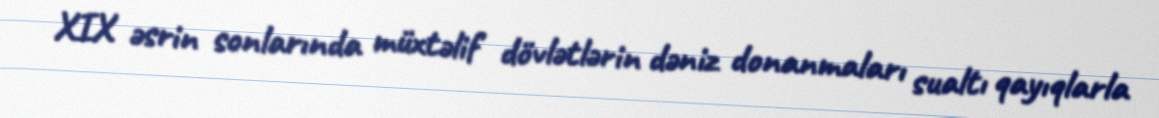
XIX əsrin sonlarında müxtəlif dövlətlərin dəniz donanmaları sualtı qayıqlarla